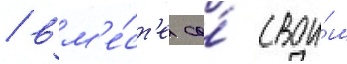
/ вм'е́ст'е со́ свои́м